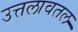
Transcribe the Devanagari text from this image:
उत्तलावतल